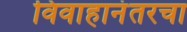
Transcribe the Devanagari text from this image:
विवाहानंतरचा